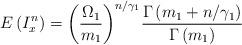
LaTeX: \begin{align*}E\left( I_{x}^{n} \right)={{\left( \frac{{{\Omega }_{1}}}{{{m}_{1}}} \right)}^{n/{{\gamma }_{1}}}}\frac{\Gamma \left( {{m}_{1}}+n/{{\gamma }_{1}} \right)}{\Gamma \left( {{m}_{1}} \right)}\end{align*}